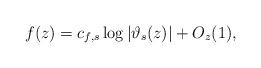
LaTeX: \begin{align*}f(z)= c_{f,s}\log|\vartheta_{s}(z)| + O_{z}(1),\end{align*}